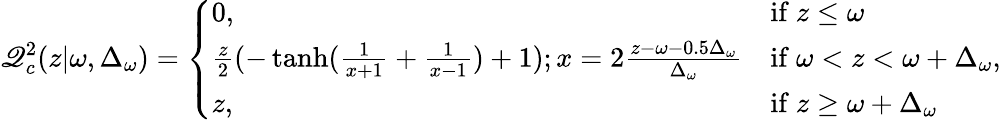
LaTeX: \mathscr{Q}_{c}^{2}(z|\omega,\Delta_{\omega})=\left\{ \begin{array}{ll}{0,}&{\mathrm{if~}z\leq\omega}\\ {\frac{z}{2}(-\operatorname{tanh}(\frac{1}{x+1}+\frac{1}{x-1})+1);x=2\frac{z-\omega-0.5\Delta_{\omega}}{\Delta_{\omega}}}&{\mathrm{if~}\omega<z<\omega+\Delta_{\omega}}\\ {z,}&{\mathrm{if~}z\geq\omega+\Delta_{\omega}}\end{array}\right.\mathrm{{,}}